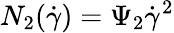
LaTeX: N_{2}(\dot{\gamma})=\Psi_{2}\dot{\gamma}^{2}